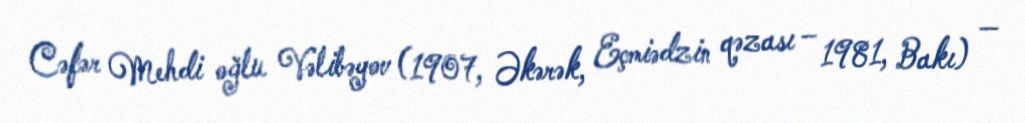
Cəfər Mehdi oğlu Vəlibəyov (1907, Əkərək, Eçmiədzin qəzası – 1981, Bakı) —